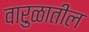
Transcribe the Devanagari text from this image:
वारुळातील